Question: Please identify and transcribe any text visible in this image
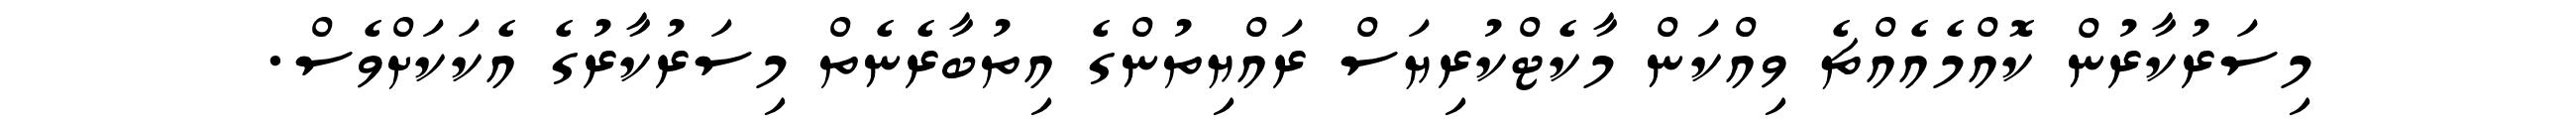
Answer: މިސަރުކާރުން ކޮއްމެއެއްޗެ ވިއްކަން މާކެޓްކުރިޔަސް ރައްޔިތުންގެ އިތުބާރެނެތް މިސަރުކާރުގެ އެކަކަށްވެސް.